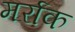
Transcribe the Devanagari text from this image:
मर्राक